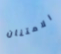
الامتنان